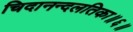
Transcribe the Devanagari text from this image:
चिदानन्दलतिका॥६॥